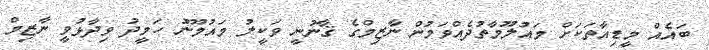
ބައެއް މީޑިއާތަކަށް މައުލޫމާތުދެއްވަމުން ނާޒިމްގެ ޤާނުނީ ވަކީލު މައުމޫނު ހަމީދު ވިދާޅުވީ ނާޒިމް